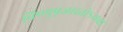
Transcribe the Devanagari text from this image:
विष्णुपूजारतोऽथवा